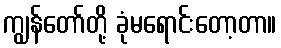
ကျွန်တော်တို့ ခုံမရောင်းတော့တာ။